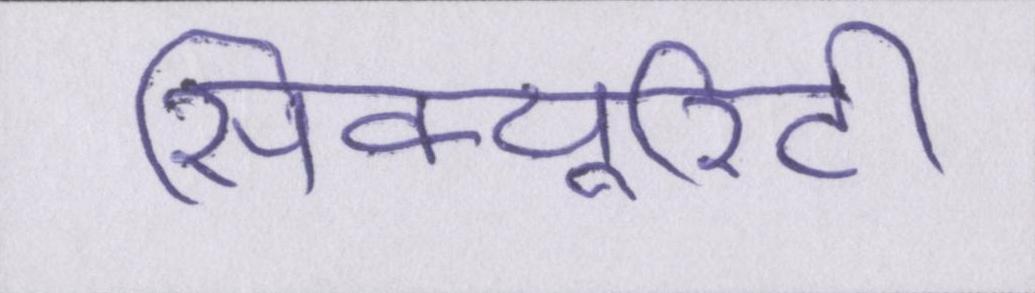
सिक्यूरिटी